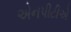
એનપીટીએ